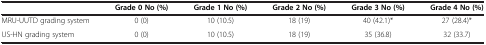
<table><thead><tr><td><b> </b></td><td><b>Grade 0 No (%)</b></td><td><b>Grade 1 No (%)</b></td><td><b>Grade 2 No (%)</b></td><td><b>Grade 3 No (%)</b></td><td><b>Grade 4 No (%)</b></td></tr></thead><tbody><tr><td>MRU-UUTD grading system</td><td>0 (0)</td><td>10 (10.5)</td><td>18 (19)</td><td>40 (42.1)*</td><td>27 (28.4)*</td></tr><tr><td>US-HN grading system</td><td>0 (0)</td><td>10 (10.5)</td><td>18 (19)</td><td>35 (36.8)</td><td>32 (33.7)</td></tr></tbody></table>